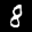
Label: 8